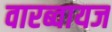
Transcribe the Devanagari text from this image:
वारब्वायज